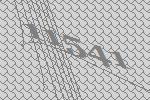
11541